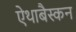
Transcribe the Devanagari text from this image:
ऐथाबैस्कन